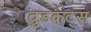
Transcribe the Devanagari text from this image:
वुडकट्स